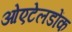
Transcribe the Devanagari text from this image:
ओएटेलडोंक